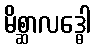
မိစ္ဆာလဒ္ဓေါ